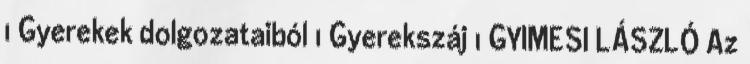
1 Gyerekek dolgozataiból 1 Gyerekszáj 1 GYIMESI LÁSZLÓ Az